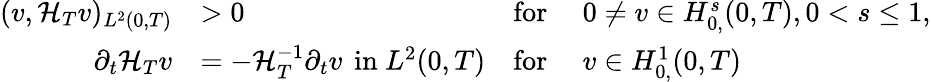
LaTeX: \begin{array}{rlrl}{(v,{\mathcal{H}}_{T}v)_{L^{2}(0,T)}}&{>0}&{\mathrm{for~}}&{0\neq v\in H_{0,}^{s}(0,T),0<s\leq 1,}\\ {\partial_{t}{\mathcal{H}}_{T}v}&{=-{\mathcal{H}}_{T}^{-1}\partial_{t}v\, \mathrm{~in~}L^{2}(0,T)}&{\mathrm{for~}}&{v\in H_{0,}^{1}(0,T)}\end{array}